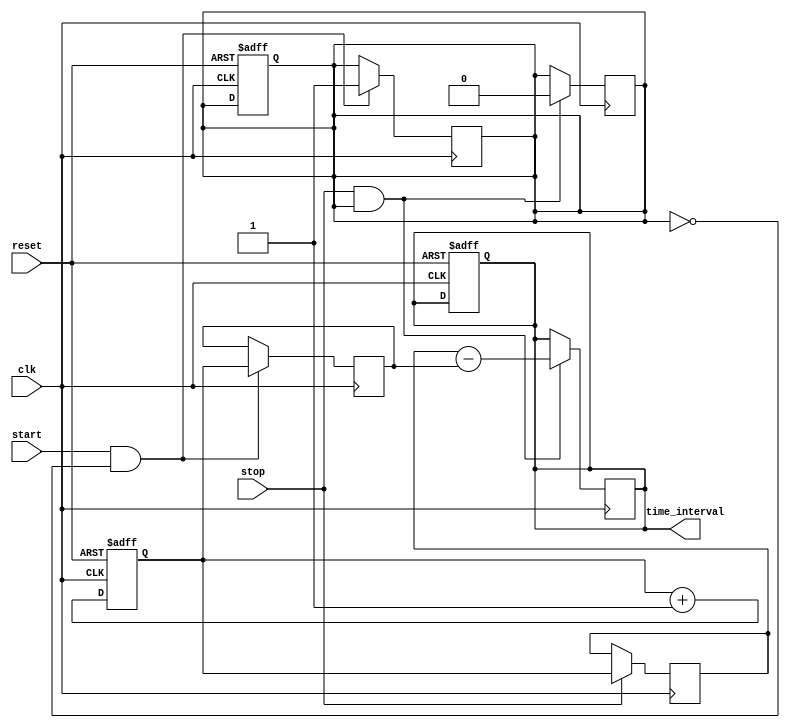
module tdc (
    input wire clk,            // Clock signal
    input wire reset,          // Reset signal
    input wire start,          // Start signal
    input wire stop,           // Stop signal
    output reg [7:0] time_interval // Output register for the time interval
);

    reg [7:0] counter;         // High-resolution counter
    reg [7:0] start_count;     // Latch for start count
    reg [7:0] stop_count;      // Latch for stop count
    reg start_latched;         // Flag to indicate if start is latched
    reg stop_latched;          // Flag to indicate if stop is latched

    // Counter logic
    always @(posedge clk or posedge reset) begin
        if (reset) begin
            counter <= 8'b0;    // Reset counter
            start_latched <= 1'b0; // Reset start latch flag
            stop_latched <= 1'b0;  // Reset stop latch flag
            time_interval <= 8'b0;  // Reset output
        end else begin
            counter <= counter + 1; // Increment counter
        end
    end

    // Start event detection and latching
    always @(posedge clk) begin
        if (start && !start_latched) begin
            start_count <= counter; // Latch start count
            start_latched <= 1'b1;   // Set start latch flag
        end
        if (stop) begin
            stop_count <= counter;   // Latch stop count
            stop_latched <= 1'b1;    // Set stop latch flag
        end
    end

    // Calculate the time interval on the stop event
    always @(posedge clk) begin
        if (stop && start_latched) begin
            time_interval <= stop_count - start_count; // Calculate time interval
            // Reset latch flags after capturing
            start_latched <= 1'b0;
            stop_latched <= 1'b0;
        end
    end

endmodule